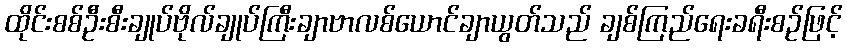
ထိုင်းစစ်ဦးစီးချုပ်ဗိုလ်ချုပ်ကြီးချာဗာလစ်ယောင်ချာယွတ်သည် ချစ်ကြည်ရေးခရီးစဉ်ဖြင့်